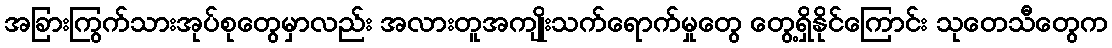
အခြားကြွက်သားအုပ်စုတွေမှာလည်း အလားတူအကျိုးသက်ရောက်မှုတွေ တွေ့ရှိနိုင်ကြောင်း သုတေသီတွေက